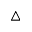
\triangle